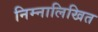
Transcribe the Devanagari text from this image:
निम्नालिखित